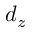
d _ { z }